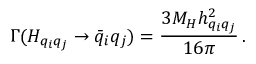
\Gamma ( H _ { q _ { i } q _ { j } } \rightarrow \bar { q } _ { i } q _ { j } ) = \frac { 3 M _ { H } h _ { q _ { i } q _ { j } } ^ { 2 } } { 1 6 \pi } \, .